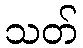
သတ်